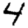
Digit: 4